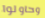
وحاولوا